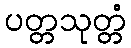
ပတ္တသုတ္တံ